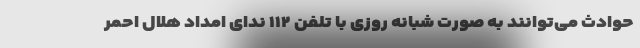
حوادث می‌توانند به صورت شبانه روزی با تلفن ۱۱۲ ندای امداد هلال احمر